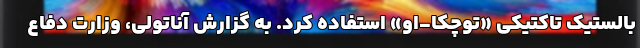
بالستیک تاکتیکی «توچکا-او» استفاده کرد. به گزارش آناتولی، وزارت دفاع